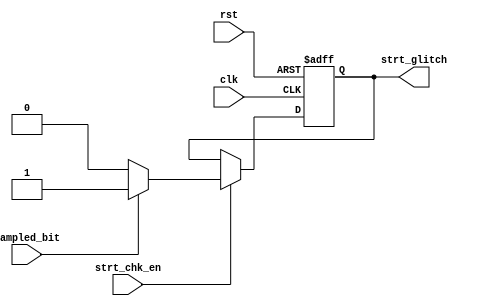
module start_check (

input	wire		strt_chk_en,
input	wire		sampled_bit,
input	wire		clk,
input	wire		rst,
output	reg		strt_glitch		

);

always@(posedge clk or negedge rst)
begin

if(!rst)
begin
	strt_glitch <= 1'b0;
end

else if (strt_chk_en)
begin
	
	if(!sampled_bit)
	begin
	strt_glitch <= 1'b0;
	end
	
	else
	begin
	strt_glitch <=1'b1;
	end
	
	
end






end
endmodule